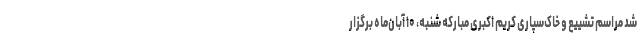
شد مراسم تشییع و خاک‌سپاری کریم اکبری مبارکه شنبه، ۱۰ آبان‌ماه برگزار